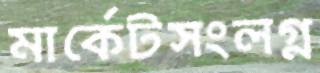
মার্কেটসংলগ্ন